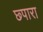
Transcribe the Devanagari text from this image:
छ्पारा